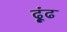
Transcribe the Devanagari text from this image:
ढ़ूंढ